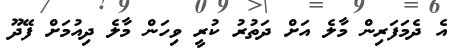
އެ ދެމަފަރިން މާލެ އަަށް ދަތުރު ކުރީ ވިހަން މާލެ ދިއުމަށް ފޭދޫ